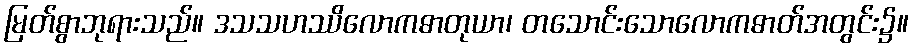
မြတ်စွာဘုရားသည်။ ဒသသဟဿိလောကဓာတုယာ၊ တသောင်းသောလောကဓာတ်အတွင်း၌။